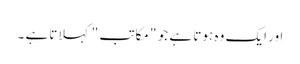
اور ایک وہ ہوتا ہے جو " مکاتب " کہلاتاہے ۔